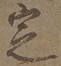
定